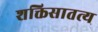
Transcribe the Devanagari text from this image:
शक्तिसातत्य